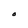
Character: O